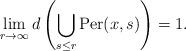
LaTeX: \begin{align*}\lim_{r\to \infty}d\left(\bigcup_{s\leq r}\operatorname{Per}(x,s)\right)=1.\end{align*}